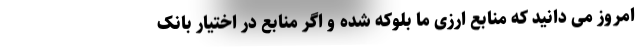
امروز می دانید که منابع ارزی ما بلوکه شده و اگر منابع در اختیار بانک